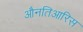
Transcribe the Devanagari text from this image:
औनतिआरिस